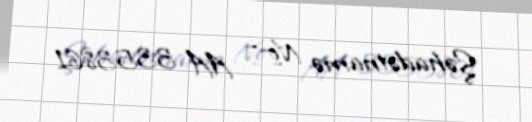
Şəhadətnamə № - AA 3353861